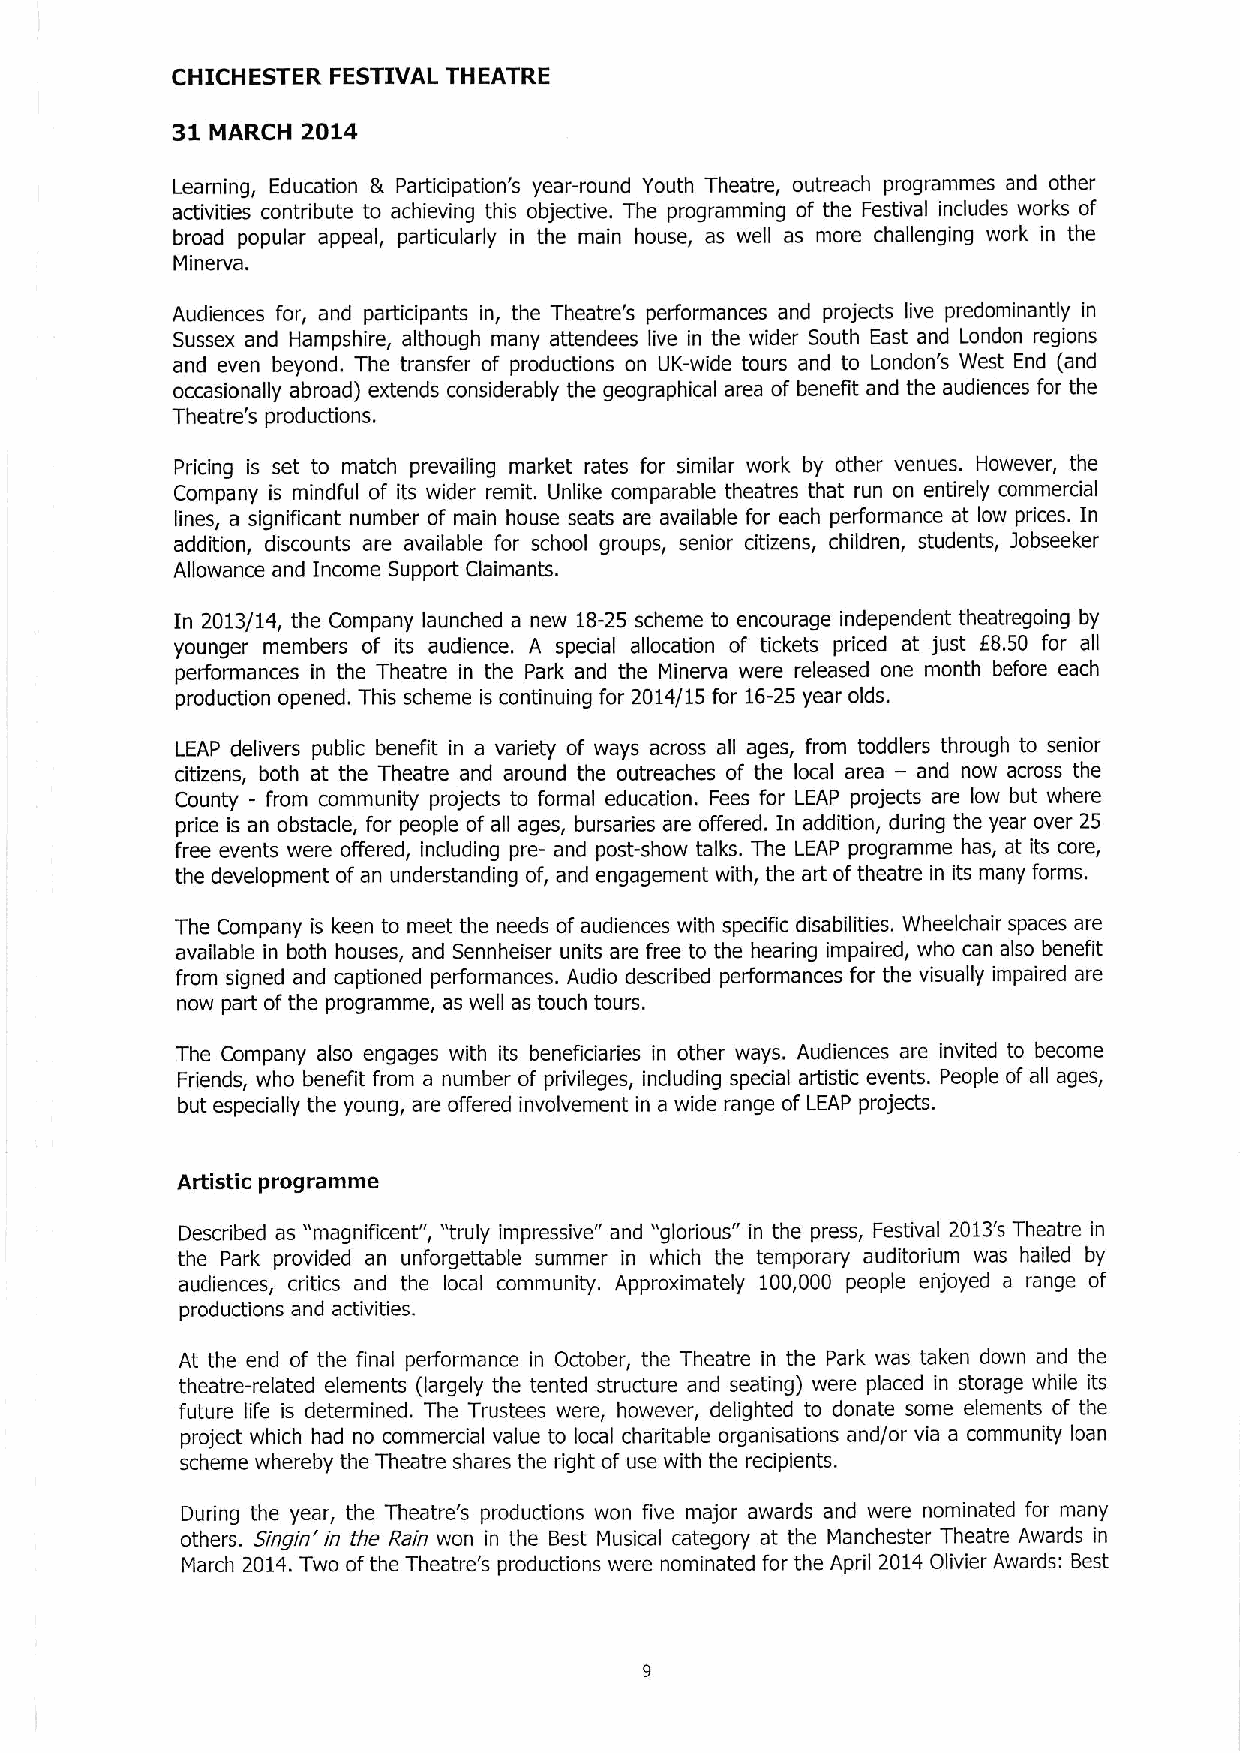
CHICHESTER FESTIVAL THEATRE
 31       2014
 MARCH
 Learning, Education ik Participation's year-round Youth Theatre, outreach programmes and other
 activities contribute to achieving this objective. The programming of the Festival includes works of
 broad popular appeal, particularly in the main house, as well as more challenging work in the
 Minerva.
 Audiences for, and participants in, the Theatre's performances and projects live predominantly in
 Sussex and Hampshire, although many attendees live in the wider South East and London regions
 and even beyond. The transfer of productions on UK-wide tours and to London's West End (and
 occasionally abroad) extends considerably the geographical area of benefit and the audiences for the
 Theatre's productions.
 Pricing is set to match prevailing market rates for similar work by other venues. However, the
 Company is mindful of its wider remit. Unlike comparable theatres that run on entirely commercial
 lines, a significant number of main house seats are available for each performance at low prices. In
 addition, discounts are available for school groups, senior citizens, children, students, jobseeker
 Allowance and Income Support Claimants.
 In 2013/14, the Company launched a new 18-25 scheme to encourage independent theatregoing by
 younger members of its audience. A special allocation of tickets priced at just E8.50 for all
 performances in the Theatre in the Park and the Minerva were released one month before each
 production opened. This scheme is continuing for 2014/15 for 16-25year olds.
 LEAP delivers public benefit in a variety of ways across all ages, from toddlers through to senior
 —
 citizens, both at the Theatre and around the outreaches of the local area and now across the
 County - from community projects to formal education. Fees for LEAP projects are low but where
 price is an obstacle, for people ofall ages, bursaries are offered. In addition, during the year over 25
 free events were offered, including pre- and post-show talks. The LEAP programme has, at its core,
 the development ofan understanding of, and engagement with, the art oftheatre in its many forms.
 The Company is keen to meet the needs ofaudiences with specific disabilities. Wheelchair spaces are
 available in both houses, and Sennheiser units are free to the hearing impaired, who can also benefit
 from signed and captioned performances. Audio described performances for the visually impaired are
 now part ofthe programme, as well as touch tours.
 The Company also engages with its beneficiaries in other ways. Audiences are invited to become
 Friends, who benefit from a number of privileges, including special artistic events. People of all ages,
 but especially the young, are offered involvement in a wide range of LEAP projects.
 Artistic programme
 Described as "magnificent", "truly impressive" and "glorious" in the press, Festival 2013's Theatre in
 the Park provided an unforgettable summer in which the temporary auditorium was hailed by
 audiences, critics and the local community. Approximately 100,000 people enjoyed a range of
 productions and activities.
 At the end of the final performance in October, the Theatre in the Park was taken down and the
 theatre-related elements (largely the tented structure and seating) were placed in storage while its
 future life is determined. The Trustees were, however, delighted to donate some elements of the
 project which had no commercial value to local charitable organisations and/or via a community loan
 scheme whereby the Theatre shares the right of use with the recipients.
 During the year, the Theatre's productions won five major awards and were nominated for many
 others. Singin'in the Rain won in the Best Musical category at the Manchester Theatre Awards in
 March 2016.Two ofthe Theatre's productions were nominated for the April 2014Olivier Awards: Best